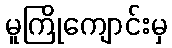
မူကြိုကျောင်းမှ